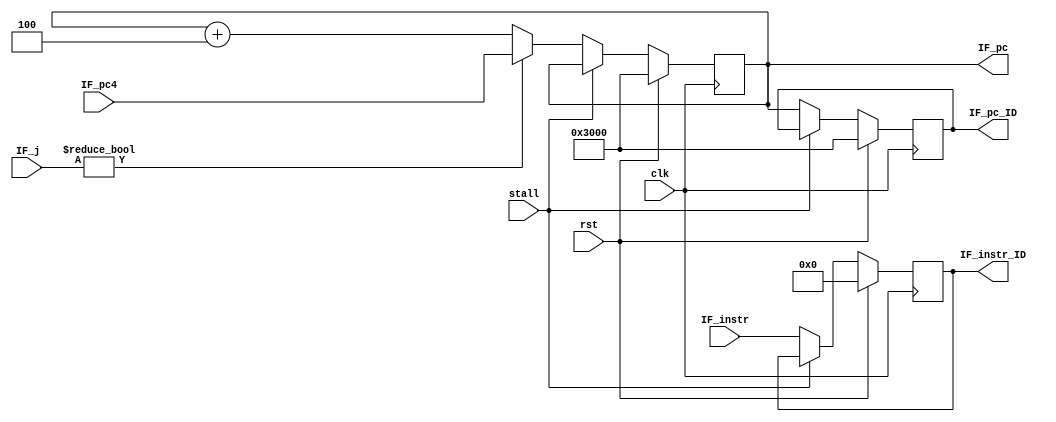
module IF(
    input clk,
    input rst,
    input stall,
    input [2:0] IF_j,
    input [31:0] IF_pc4,
    output reg [31:0] IF_pc_ID,
    output reg [31:0] IF_instr_ID,
    
    input [31:0] IF_instr,
    output reg [31:0] IF_pc
);

    always@(posedge clk) begin
        if(rst==1)begin
            IF_pc<=32'h3000;
            IF_pc_ID<=32'h3000;
            IF_instr_ID<=0;
        end
        else if(stall==0) begin
            if(IF_j!=0)
                IF_pc<=IF_pc4;
            else
                IF_pc<=IF_pc+4;
            IF_pc_ID<=IF_pc;//
            IF_instr_ID<=IF_instr;
        end
    end
endmodule